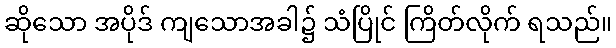
ဆိုသော အပိုဒ် ကျသောအခါ၌ သံပြိုင် ကြိတ်လိုက် ရသည်။